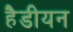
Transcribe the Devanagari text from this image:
हैडीयन